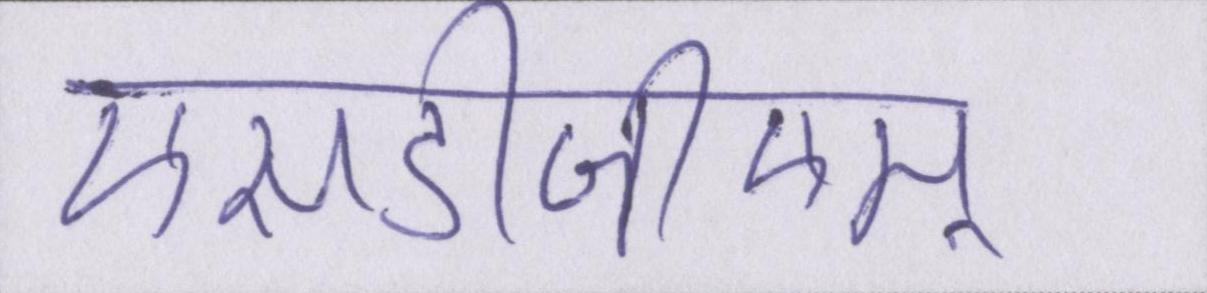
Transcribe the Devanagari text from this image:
एसडीजीएम्